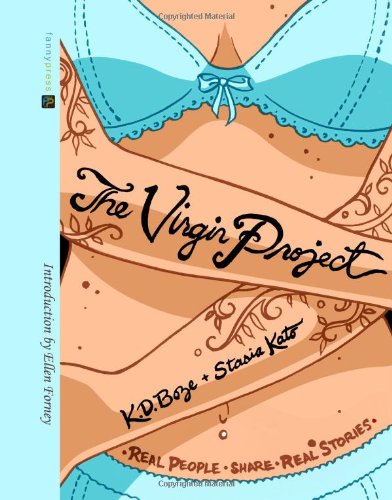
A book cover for The Virgin Project; Comics & Graphic Novels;